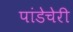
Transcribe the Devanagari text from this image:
पांडेचेरी